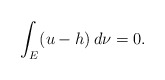
\begin{align*}\int_{E}(u-h)\,d\nu=0.\end{align*}